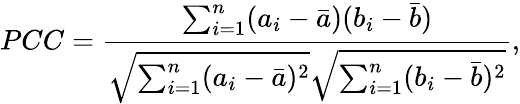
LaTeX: PCC=\frac{\sum_{i=1}^{n}(a_{i}-\bar{a})(b_{i}-\bar{b})}{\sqrt{\sum_{i=1}^{n}(a_{i}-\bar{a})^{2}}\sqrt{\sum_{i=1}^{n}(b_{i}-\bar{b})^{2}}},